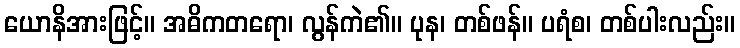
ယောနိအားဖြင့်။ အဓိကတရော၊ လွန်ကဲ၏။ ပုန၊ တစ်ဖန်။ ပရံစ၊ တစ်ပါးလည်း။